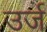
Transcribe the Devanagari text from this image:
उर्ज